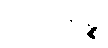
သာဂါရဉ္စ